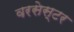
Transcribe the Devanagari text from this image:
वरसेस्टर